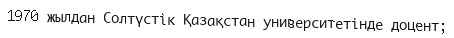
1970 жылдан Солтүстік Қазақстан университетінде доцент;